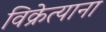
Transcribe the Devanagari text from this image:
विक्रेत्याना